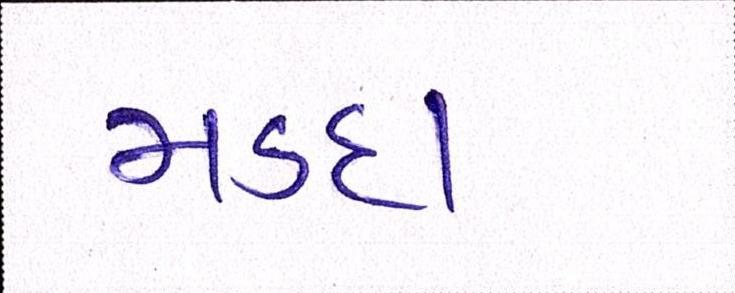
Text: મડદા